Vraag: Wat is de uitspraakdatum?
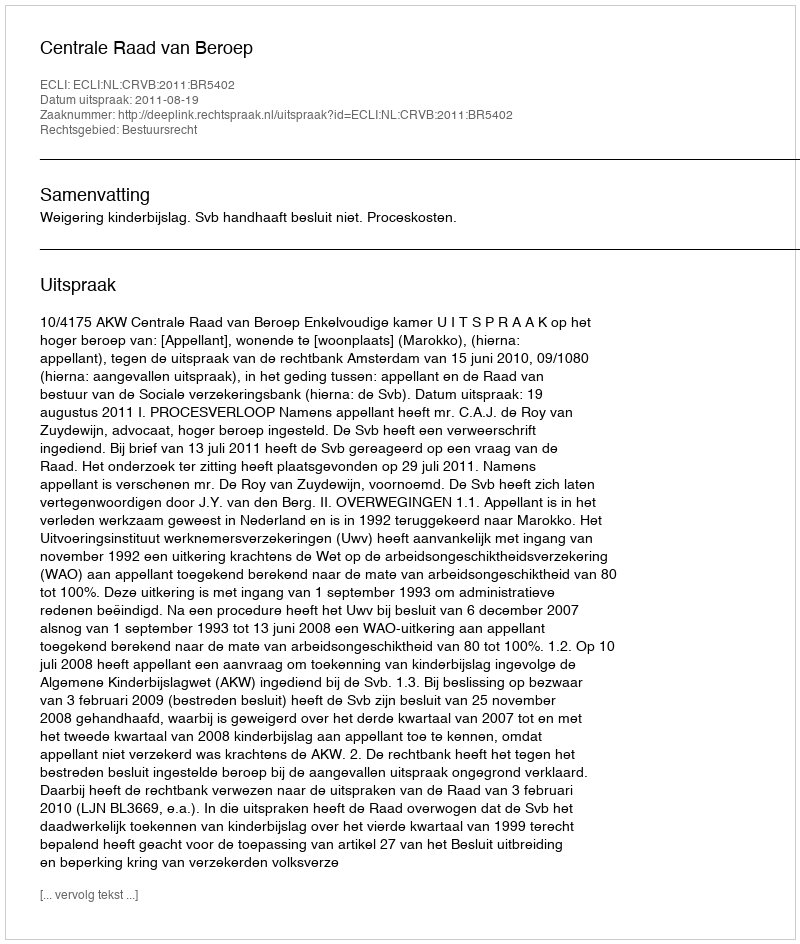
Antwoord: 2011-08-19